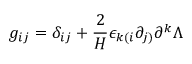
g _ { i j } = \delta _ { i j } + \frac { 2 } { H } \epsilon _ { k ( i } \partial _ { j ) } \partial ^ { k } \Lambda